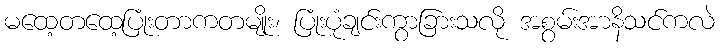
မထေ့တထေ့ပြုံးတာကတမျိုး၊ ပြုံးပုံချင်းကွာခြားသလို အစွမ်းအာနိသင်ကလဲ